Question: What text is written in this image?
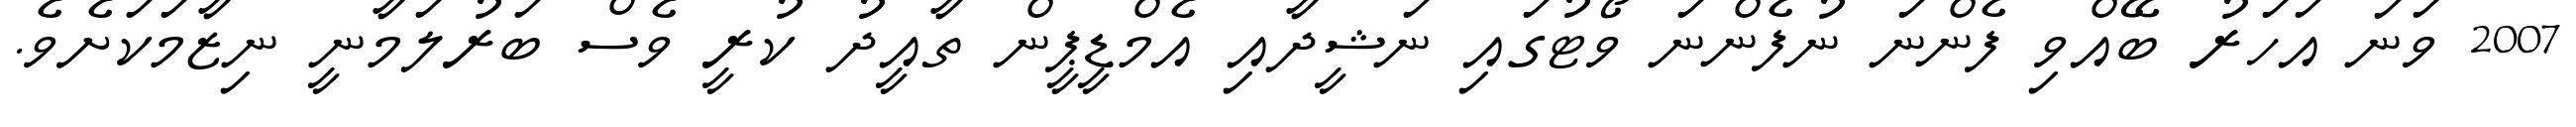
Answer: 2007 ވަނަ އަހަރު ބޭއްވި ފެންނަ ނުފެންނަ ވޯޓުގައި ނަޝީދާއި އެމްޑީޕީން ތާއީދު ކުރީ ވެސް ބަރުލަމާނީ ނިޒާމަކަށެވެ.